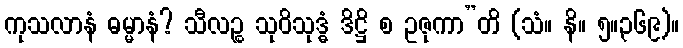
ကုသလာနံ ဓမ္မာနံ? သီလဉ္စ သုဝိသုဒ္ဓံ ဒိဋ္ဌိ စ ဥဇုကာ”တိ (သံ။ နိ။ ၅။၃၆၉)။